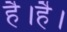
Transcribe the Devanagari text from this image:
है।है।